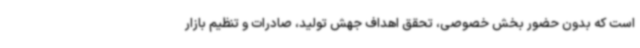
است که بدون حضور بخش خصوصی، تحقق اهداف جهش تولید، صادرات و تنظیم بازار